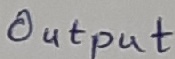
Text: Output